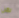
لكن